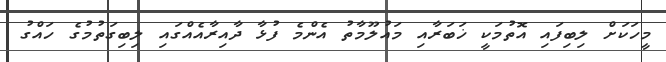
މީހަކަށް ލިބިފައި އޮތުމަކީ ޚަބަރާއި މައުލޫމާތު އެންމެ ފުޅާ ދާއިރާއެއްގައި ލިބިގަތުމުގެ ހައްގު